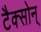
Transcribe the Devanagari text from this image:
टैक्सोन्